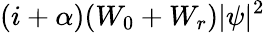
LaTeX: (i+\alpha)(W_{0}+W_{r})|\psi|^{2}